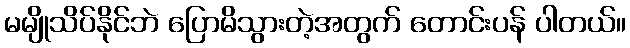
မမျိုသိပ်နိုင်ဘဲ ပြောမိသွားတဲ့အတွက် တောင်းပန် ပါတယ်။